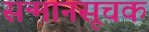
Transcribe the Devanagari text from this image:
सन्मानसूचक